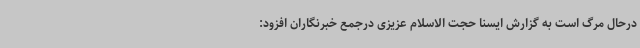
درحال مرگ است به گزارش ایسنا حجت الاسلام عزیزی درجمع خبرنگاران افزود: